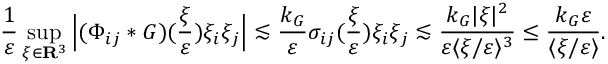
\frac { 1 } { \varepsilon } \operatorname* { s u p } _ { \xi \in \mathbf R ^ { 3 } } \Big | ( \Phi _ { i j } * G ) ( \frac { \xi } { \varepsilon } ) \xi _ { i } \xi _ { j } \Big | \lesssim \frac { k _ { G } } { \varepsilon } \sigma _ { i j } ( \frac { \xi } { \varepsilon } ) \xi _ { i } \xi _ { j } \lesssim \frac { k _ { G } | \xi | ^ { 2 } } { \varepsilon \langle \xi / \varepsilon \rangle ^ { 3 } } \leq \frac { k _ { G } \varepsilon } { \langle \xi / \varepsilon \rangle } .